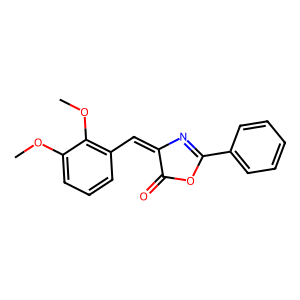
SMILES: COc1cccc(C=C2N=C(c3ccccc3)OC2=O)c1OC
Inhibits HIV replication: No